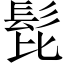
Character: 𩬈